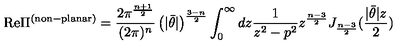
\mathrm { R e } \Pi ^ { \mathrm { ( n o n \mathrm { - } p l a n a r ) } } = \frac { 2 \pi ^ { \frac { n + 1 } { 2 } } } { ( 2 \pi ) ^ { n } } \left( | \bar { \theta } | \right) ^ { \frac { 3 - n } { 2 } } \int _ { 0 } ^ { \infty } d z \frac { 1 } { z ^ { 2 } - p ^ { 2 } } z ^ { \frac { n - 3 } { 2 } } J _ { \frac { n - 3 } { 2 } } ( \frac { | \bar { \theta } | z } { 2 } )